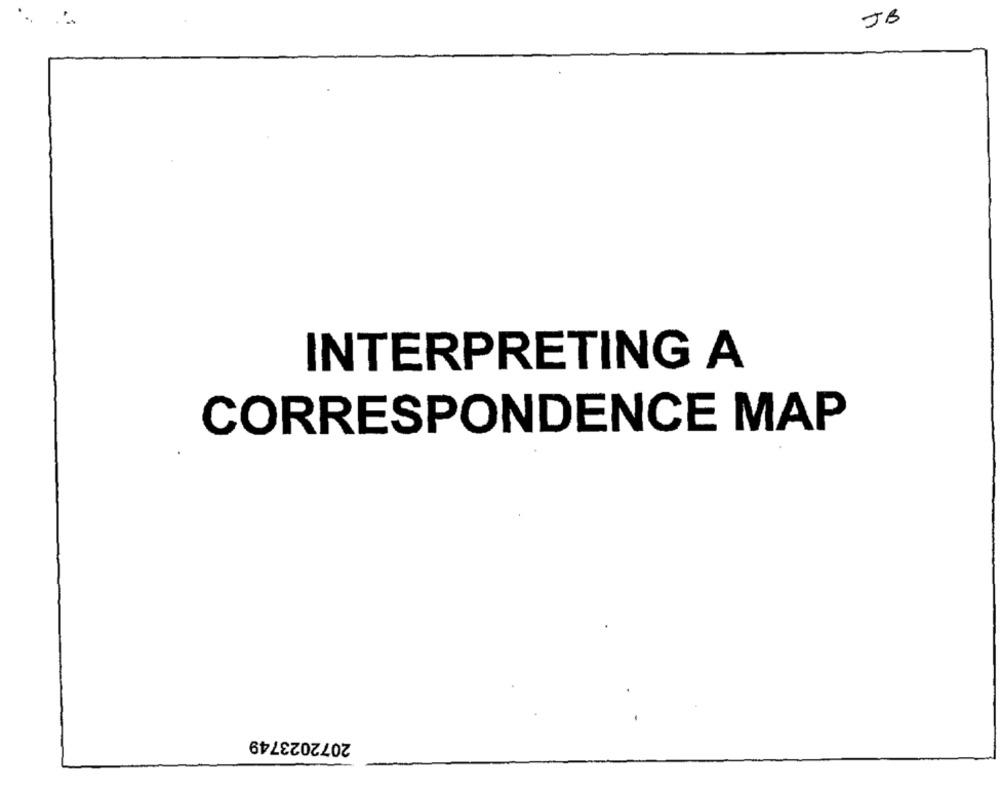
JB
INTERPRETING A
CORRESPONDENCE MAP
2072023749